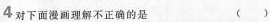
4 对下面漫画理解不正确的是 ()